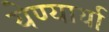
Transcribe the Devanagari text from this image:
येण्यार्या